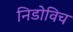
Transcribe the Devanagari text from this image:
निडोविच